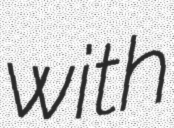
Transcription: with